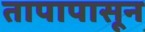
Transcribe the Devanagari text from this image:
तापापासून